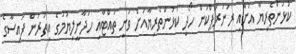
ކުޅުންތެރިޔާ އަށާއި ރަނަރަޕްކަން ހޯދި ކުޅުންތެރިޔާއަށް ވަނީ ތައްޓާއި ހަދާނީލިޔުމުގެ އިތުރުން ފައިސާގެ